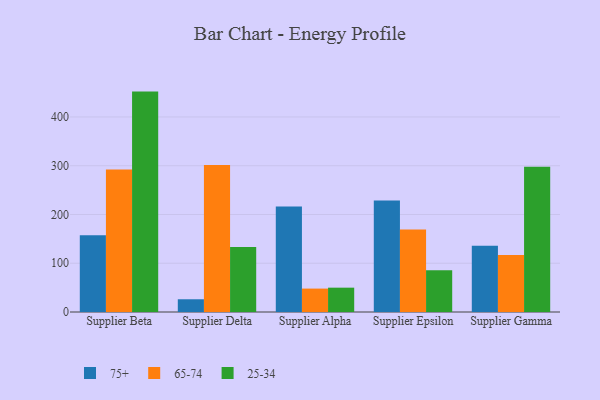
{"axis": {"x": "Supplier", "y": "Demand Index"}, "legend": ["25-34", "65-74", "75+"], "data": [{"x": "Supplier Beta", "y": 157.5, "type": "75+"}, {"x": "Supplier Beta", "y": 292.0, "type": "65-74"}, {"x": "Supplier Beta", "y": 452.0, "type": "25-34"}, {"x": "Supplier Delta", "y": 26.1, "type": "75+"}, {"x": "Supplier Delta", "y": 301.6, "type": "65-74"}, {"x": "Supplier Delta", "y": 133.3, "type": "25-34"}, {"x": "Supplier Alpha", "y": 216.6, "type": "75+"}, {"x": "Supplier Alpha", "y": 48.0, "type": "65-74"}, {"x": "Supplier Alpha", "y": 49.9, "type": "25-34"}, {"x": "Supplier Epsilon", "y": 228.5, "type": "75+"}, {"x": "Supplier Epsilon", "y": 169.4, "type": "65-74"}, {"x": "Supplier Epsilon", "y": 85.5, "type": "25-34"}, {"x": "Supplier Gamma", "y": 136.0, "type": "75+"}, {"x": "Supplier Gamma", "y": 116.7, "type": "65-74"}, {"x": "Supplier Gamma", "y": 297.9, "type": "25-34"}]}